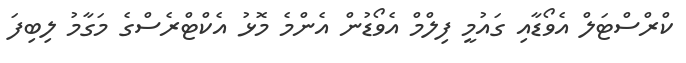
ކްރްސްޓަލް އެވޯޑާއި ގައުމީ ފިލްމް އެވޯޑުން އެންމެ މޮޅު އެކްޓްރެސްގެ މަގާމު ލިބިފަ